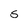
Character: s